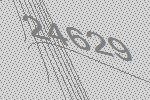
24629